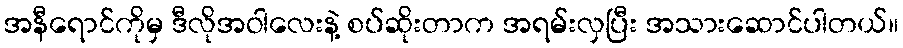
အနီရောင်ကိုမှ ဒီလိုအဝါလေးနဲ့ စပ်ဆိုးတာက အရမ်းလှပြီး အသားဆောင်ပါတယ်။